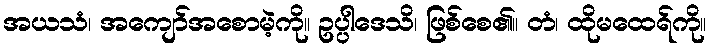
အယသံ၊ အကျော်အစောမဲ့ကို။ ဥပ္ပါဒေသိ၊ ဖြစ်စေ၏။ တံ၊ ထိုမထေရ်ကို။